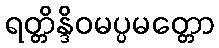
ရတ္တိန္ဒိဝမပ္ပမတ္တော